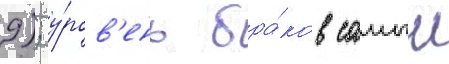
9); у́ров'ень бра́ков самыи